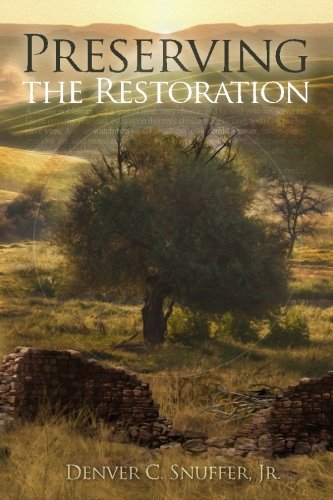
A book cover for Preserving the Restoration; Denver C. Snuffer Jr.; Christian Books & Bibles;